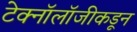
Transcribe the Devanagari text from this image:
टेक्नॉलॉजीकडून